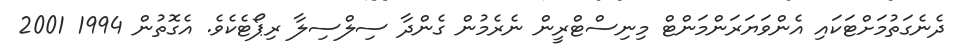
ދެނެގަތުމަށްޓަކައި އެންވަޔަރަންމަންޓް މިނިސްޓްރީން ނެރެމުން ގެންދާ ސިލްސިލާ ރިޕޯޓެކެވެ. އެގޮތުން 1994 2001